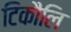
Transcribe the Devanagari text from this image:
टिकौलि